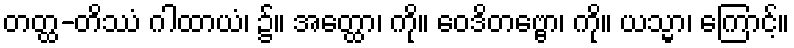
တတ္ထ-တိဿံ ဂါထာယံ၊ ၌။ အတ္ထော၊ ကို။ ဝေဒိတဗ္ဗော၊ ကို။ ယသ္မာ၊ ကြောင့်။